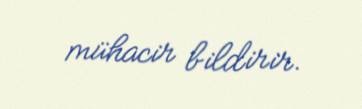
mühacir bildirir.